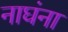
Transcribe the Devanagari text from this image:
नाघंना